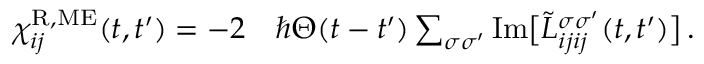
\begin{array} { r l } { \chi _ { i j } ^ { \mathrm { R , M E } } ( t , t ^ { \prime } ) = - 2 } & { { } \hbar \Theta ( t - t ^ { \prime } ) \sum _ { \sigma \sigma ^ { \prime } } \mathrm { I m } \big [ \Tilde { L } _ { i j i j } ^ { \sigma \sigma ^ { \prime } } ( t , t ^ { \prime } ) \big ] \, . } \end{array}